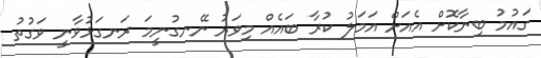
ގައުމު ބިނާކޮށް އެއަށް އަމަލު ކުރާ ބައެއް މިވަރު ނޭނގުނީމަ ރަނގަޅުވާނީ ވަގުތު